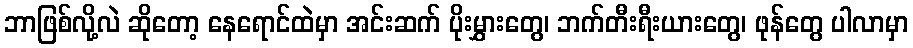
ဘာဖြစ်လို့လဲ ဆိုတော့ နေရောင်ထဲမှာ အင်းဆက် ပိုးမွှားတွေ၊ ဘက်တီးရီးယားတွေ၊ ဖုန်တွေ ပါလာမှာ